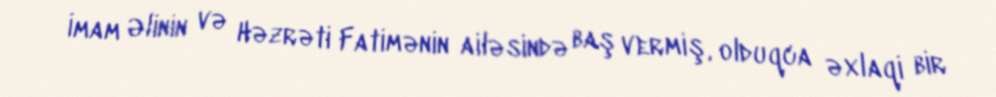
İmam Əlinin və Həzrəti Fatimənin ailəsində baş vermiş, olduqca əxlaqi bir